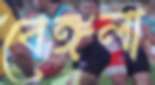
বেঙ্গলা